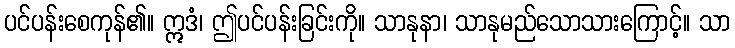
ပင်ပန်းစေကုန်၏။ ဣဒံ၊ ဤပင်ပန်းခြင်းကို။ သာနုနာ၊ သာနုမည်သောသားကြောင့်။ သာ